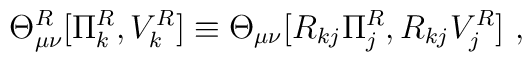
\Theta^R_{\mu\nu}[\Pi_k^R, V_k^R]\equiv\Theta_{\mu\nu}[R_{kj}\Pi_j^R, R_{kj}V_j^R]~,